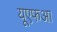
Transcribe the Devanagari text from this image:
यूएफआ